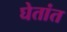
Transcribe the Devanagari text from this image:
घेतांत